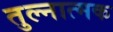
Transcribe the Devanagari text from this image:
तुल्नात्मक